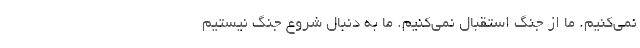
نمی‌کنیم. ما از جنگ استقبال نمی‌کنیم. ما به دنبال شروع جنگ نیستیم